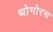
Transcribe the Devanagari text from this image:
थोगोरस